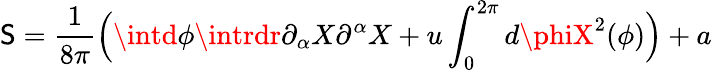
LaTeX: \mathsf{S}=\frac{{1}}{{8\pi}}\Bigl(\intd\phi\intrdr\partial_{\alpha}X\partial^{\alpha}X+u\int_{0}^{2\pi}d\phiX^{2}(\phi)\Bigr)+a